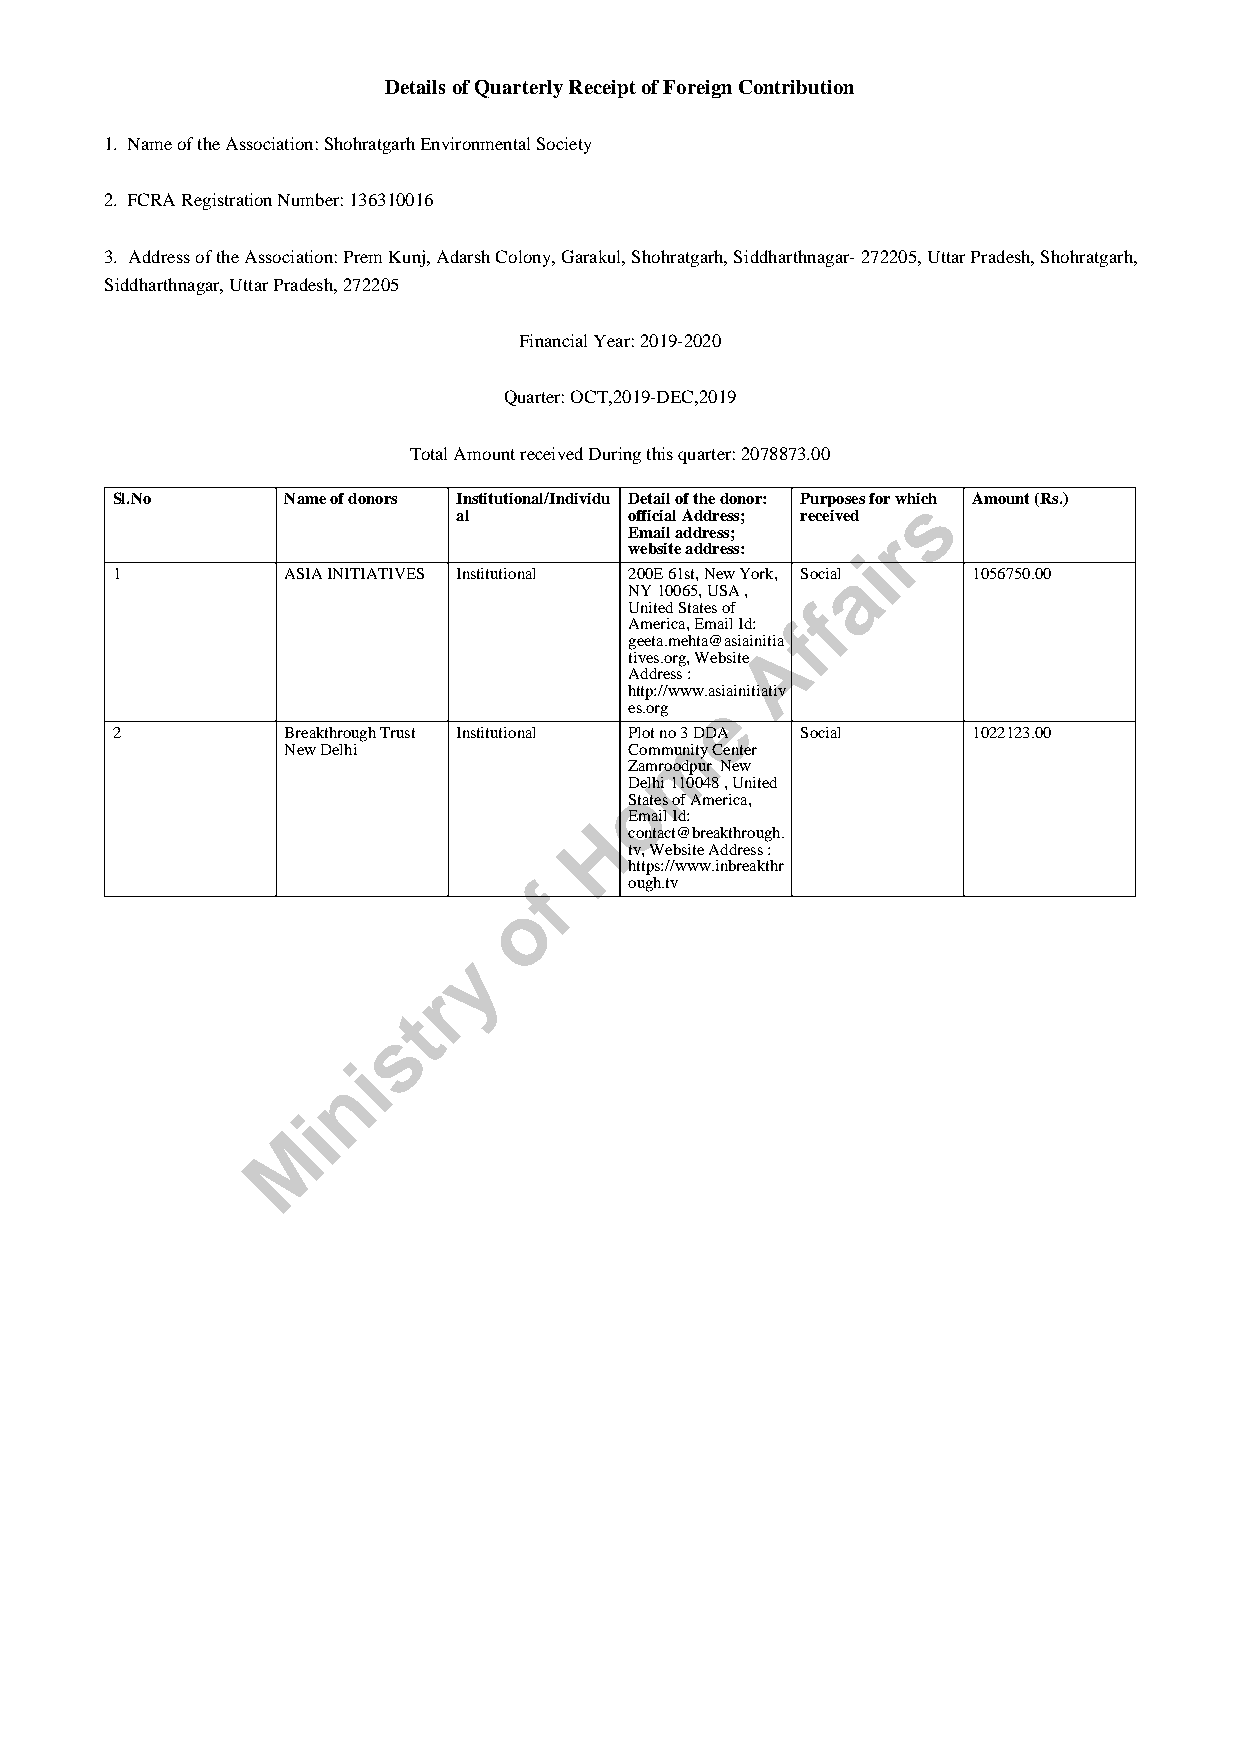
Details of Quarterly Receipt of Foreign Contribution
 1. Name of the Association: Shohratgarh Environmental Society
 2. FCRA Registration Number: 136310016
 3. Address of the Association: Prem Kunj, Adarsh Colony, Garakul, Shohratgarh, Siddharthnagar- 272205, Uttar Pradesh, Shohratgarh,
 Siddharthnagar, Uttar Pradesh, 272205
 Financial Year: 2019-2020
 Quarter: OCT,2019-DEC,2019
 Total Amount received During this quarter: 2078873.00
 Sl.No       Name of donors Institutional/Individu Detail of the donor: Purposes for whsich Amount (Rs.)
 al          official Address; received
 Email address;  r
 website address: i
 1           ASIA INITIATIVES Institutional 200E 61st, New York, Sociala 1056750.00
 NY 10065, USA ,
 United States of f
 America, Email Id: f
 geeta.mehta@asiainitAia
 tives.org, Website
 Address :
 http://www.asiainitiativ
 e
 es.org
 2           Breakthrough Trust Institutional Plot no m3 DDA Social 1022123.00
 New Delhi              Community Center
 Zamroodpur New
 oDelhi 110048 , United
 States of America,
 H  Email Id:
 contact@breakthrough.
 tv, Website Address :
 https://www.inbreakthr
 f      ough.tv
 o
 y
 r
 t
 s
 i
 n
 i
 M